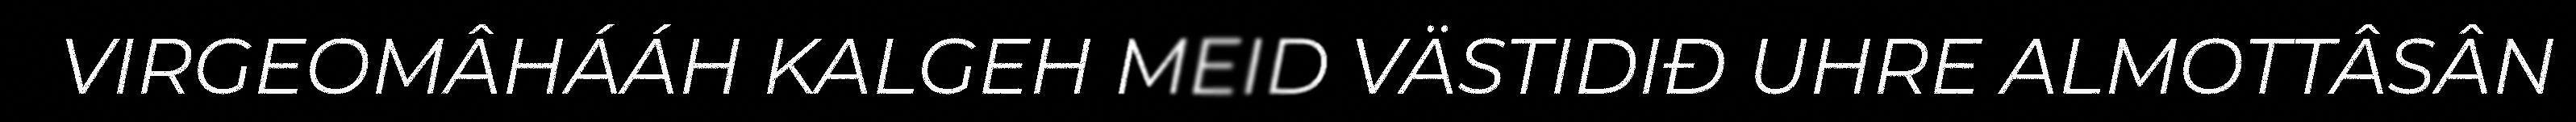
VIRGEOMÂHÁÁH KALGEH MEID VÄSTIDIĐ UHRE ALMOTTÂSÂN